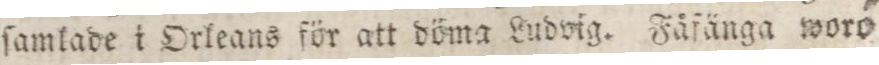
ſamlade i Orleans för att döma Ludvig. Fåfänga woro